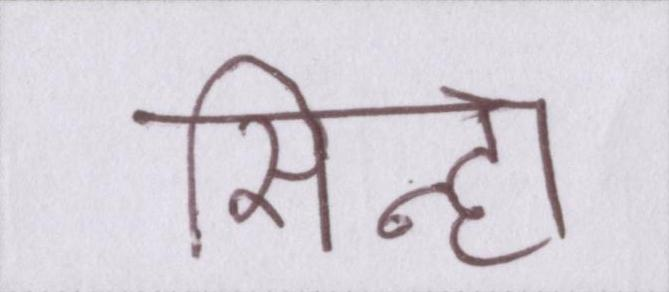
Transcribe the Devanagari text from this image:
सिन्हा